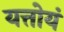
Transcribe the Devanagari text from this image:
यत्तोयं